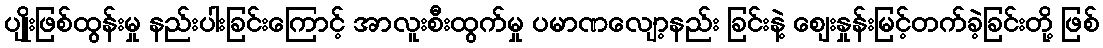
ပျိုးဖြစ်ထွန်းမှု နည်းပါးခြင်းကြောင့် အာလူးစီးထွက်မှု ပမာဏလျော့နည်း ခြင်းနဲ့ ဈေးနှုန်းမြင့်တက်ခဲ့ခြင်းတို့ ဖြစ်